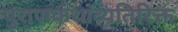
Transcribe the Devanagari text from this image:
पुराणकथांव्यतिरिक्त